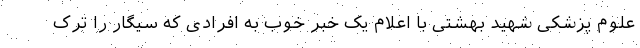
علوم پزشکی شهید بهشتی با اعلام یک خبر خوب به افرادی که سیگار را ترک